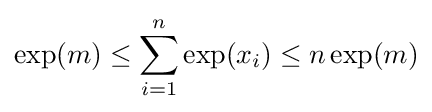
\exp(m)\leq \sum _{i=1}^{n}\exp(x_{i})\leq n\exp(m)